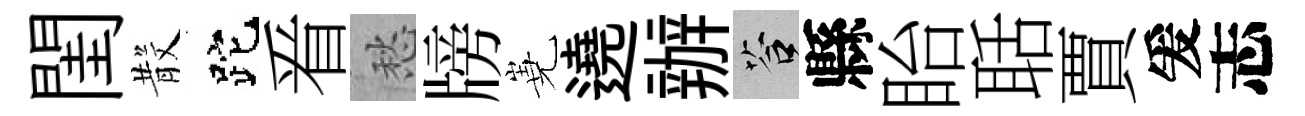
閨𣪚跎㸔愁牓嶤遶辦答縣眙聒賈爰志